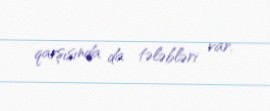
qarşısında da tələbləri var.